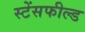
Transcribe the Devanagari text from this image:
स्टेंसफील्ड